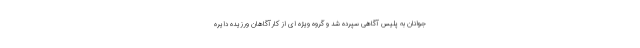
جوانان به پلیس آگاهی سپرده شد و گروه ویژه ای از کارآگاهان ورزیده دایره